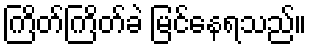
ကြိတ်ကြိတ်ခဲ မြင်နေရသည်။